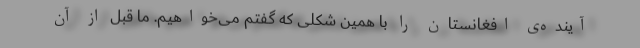
آینده‌ی افغانستان را با همین شکلی که گفتم می‌خواهیم. ما قبل از آن